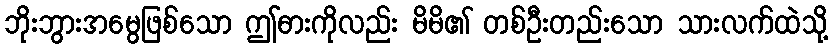
ဘိုးဘွားအမွေဖြစ်သော ဤဓားကိုလည်း မိမိ၏ တစ်ဦးတည်းသော သားလက်ထဲသို့